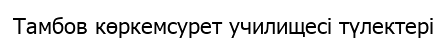
Тамбов көркемсурет училищесі түлектері